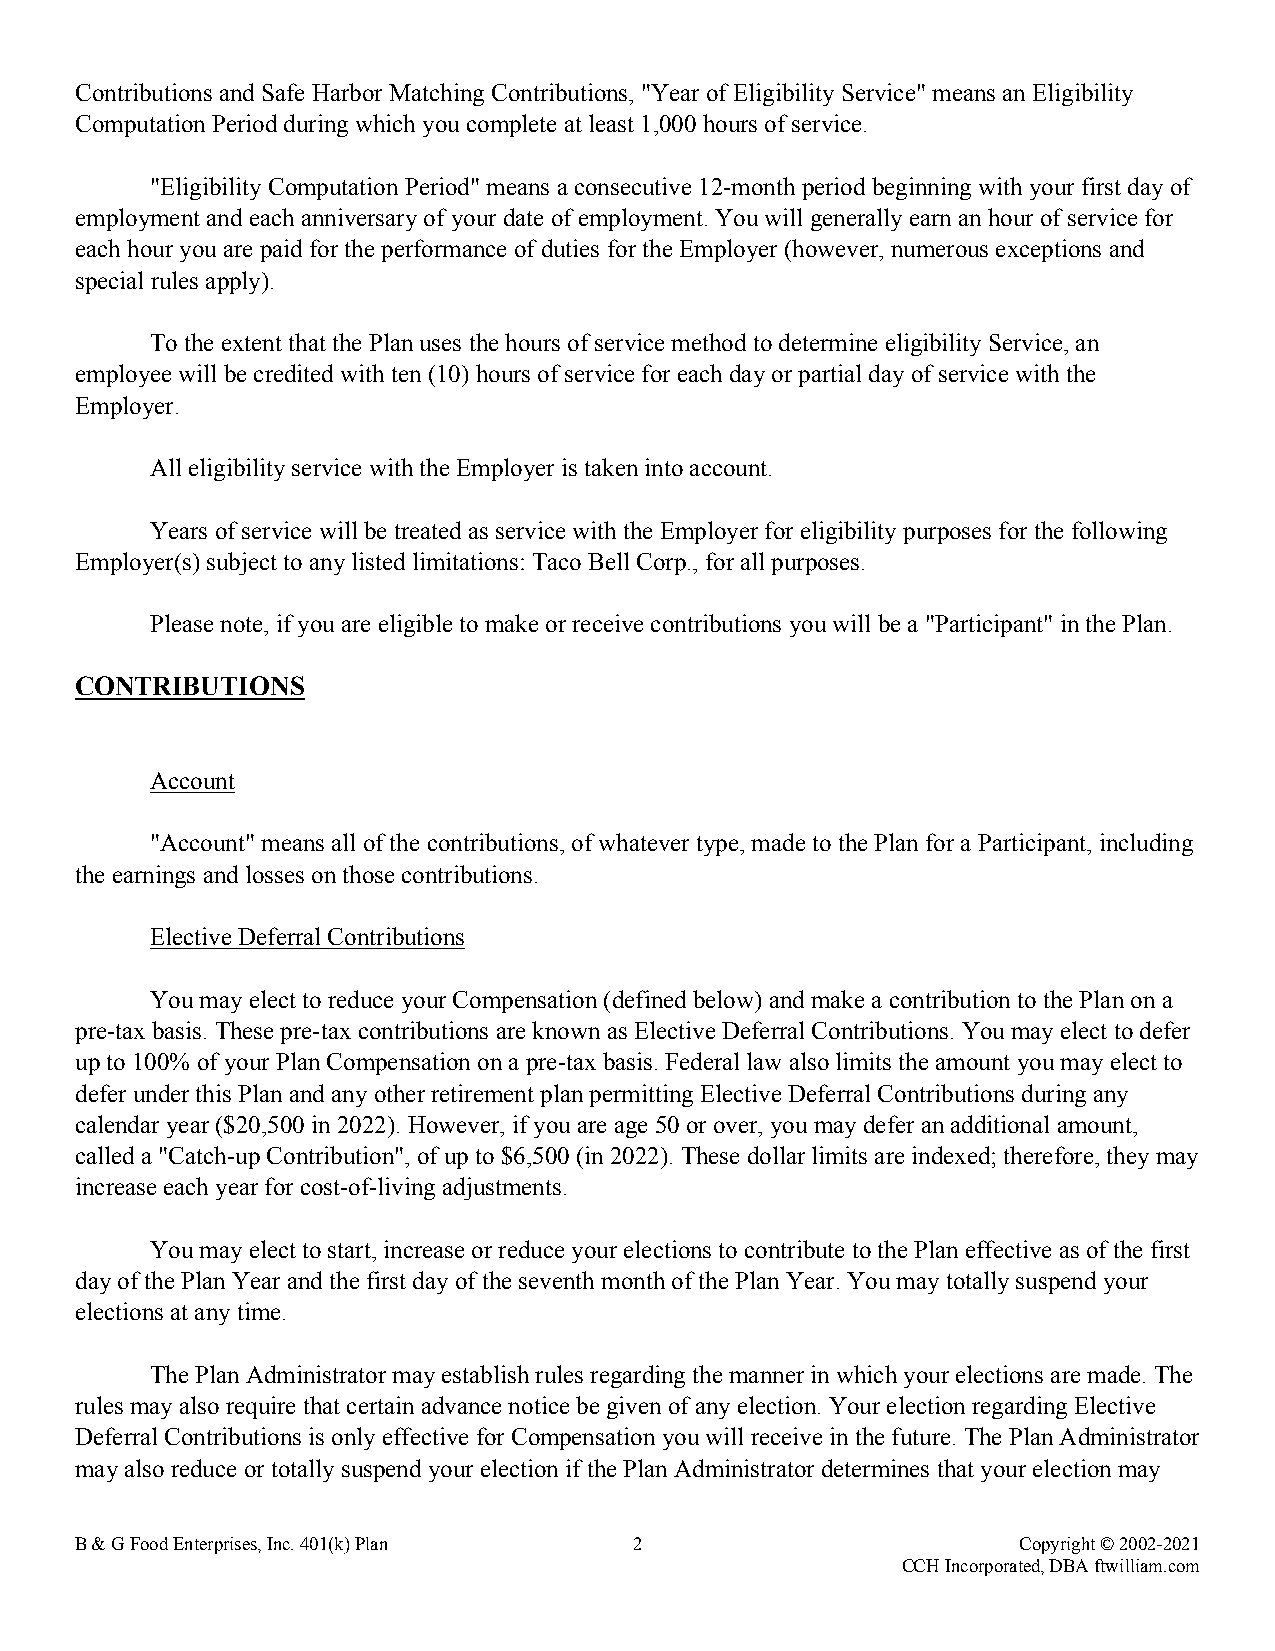
Contributions and Safe Harbor Matching Contributions, "Year of Eligibility Service" means an Eligibility
 Computation Period during which you complete at least 1,000 hours of service.
 "Eligibility Computation Period" means a consecutive 12-month period beginning with your first day of
 employment and each anniversary of your date of employment. You will generally earn an hour of service for
 each hour you are paid for the performance of duties for the Employer (however, numerous exceptions and
 special rules apply).
 To the extent that the Plan uses the hours of service method to determine eligibility Service, an
 employee will be credited with ten (10) hours of service for each day or partial day of service with the
 Employer.
 All eligibility service with the Employer is taken into account.
 Years of service will be treated as service with the Employer for eligibility purposes for the following
 Employer(s) subject to any listed limitations: Taco Bell Corp., for all purposes.
 Please note, if you are eligible to make or receive contributions you will be a "Participant" in the Plan.
 CONTRIBUTIONS
 Account
 "Account" means all of the contributions, of whatever type, made to the Plan for a Participant, including
 the earnings and losses on those contributions.
 Elective Deferral Contributions
 You may elect to reduce your Compensation (defined below) and make a contribution to the Plan on a
 pre-tax basis. These pre-tax contributions are known as Elective Deferral Contributions. You may elect to defer
 up to 100% of your Plan Compensation on a pre-tax basis. Federal law also limits the amount you may elect to
 defer under this Plan and any other retirement plan permitting Elective Deferral Contributions during any
 calendar year ($20,500 in 2022). However, if you are age 50 or over, you may defer an additional amount,
 called a "Catch-up Contribution", of up to $6,500 (in 2022). These dollar limits are indexed; therefore, they may
 increase each year for cost-of-living adjustments.
 You may elect to start, increase or reduce your elections to contribute to the Plan effective as of the first
 day of the Plan Year and the first day of the seventh month of the Plan Year. You may totally suspend your
 elections at any time.
 The Plan Administrator may establish rules regarding the manner in which your elections are made. The
 rules may also require that certain advance notice be given of any election. Your election regarding Elective
 Deferral Contributions is only effective for Compensation you will receive in the future. The Plan Administrator
 may also reduce or totally suspend your election if the Plan Administrator determines that your election may
 B & G Food Enterprises, Inc. 401(k) Plan 2                    Copyright © 2002-2021
 CCH Incorporated, DBA ftwilliam.com